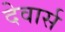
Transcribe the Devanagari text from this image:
देवार्स